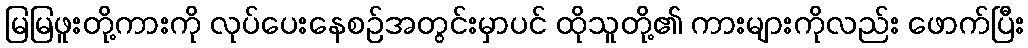
မြမြဖူးတို့ကားကို လုပ်ပေးနေစဉ်အတွင်းမှာပင် ထိုသူတို့၏ ကားများကိုလည်း ဖောက်ပြီး